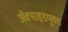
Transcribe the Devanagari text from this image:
अॅक्साइडयुक्त